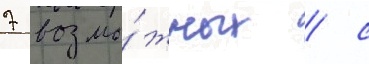
7 возмо́жных / с